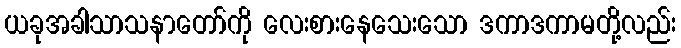
ယခုအခါသာသနာတော်ကို လေးစားနေသေးသော ဒကာဒကာမတို့လည်း